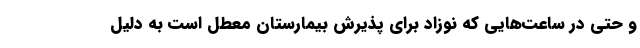
و حتی در ساعت‌هایی که نوزاد برای پذیرش بیمارستان معطل است به دلیل